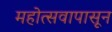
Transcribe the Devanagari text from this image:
महोत्सवापासून